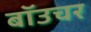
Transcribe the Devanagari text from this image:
बॉउचर